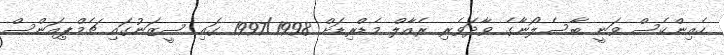
ހެއިންކެސް ވަނީ ބާސެލޯނާގެ ވާދަވެރި ރެއާލް މެޑްރިޑަށް 1997/1998 ގައި ސީޒަނުގައި ޗެމްޕިއަންސް